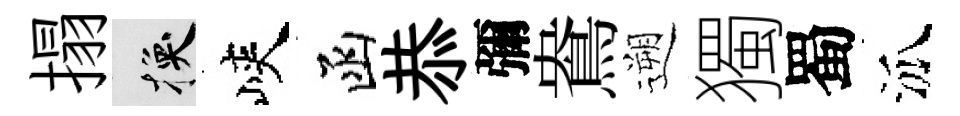
搨换峽函恭彌鴦遡獨蜀泒